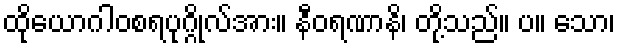
ထိုယောဂါဝစရပုဂ္ဂိုလ်အား။ နီဝရဏာနိ၊ တို့သည်။ ပ။ သော၊